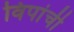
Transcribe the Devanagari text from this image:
विपांची